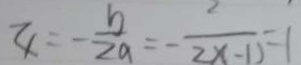
4 = - \frac { b } { 2 a } = - \frac { 2 } { 2 x - 1 ) } = 1